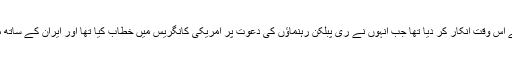
اوباما نے رواں برس مارچ میں نیتن یاہو سے ملاقات سے اس وقت انکار کر دیا تھا جب انہوں نے ری پبلکن رہنماؤں کی دعوت پر امریکی کانگریس میں خطاب کیا تھا اور ایران کے ساتھ مذاکرات کے حوالے سے اوباما کو تنقید کا نشانہ بنایا تھا۔